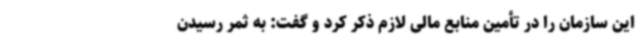
این سازمان را در تأمین منابع مالی لازم ذکر کرد و گفت: به ثمر رسیدن